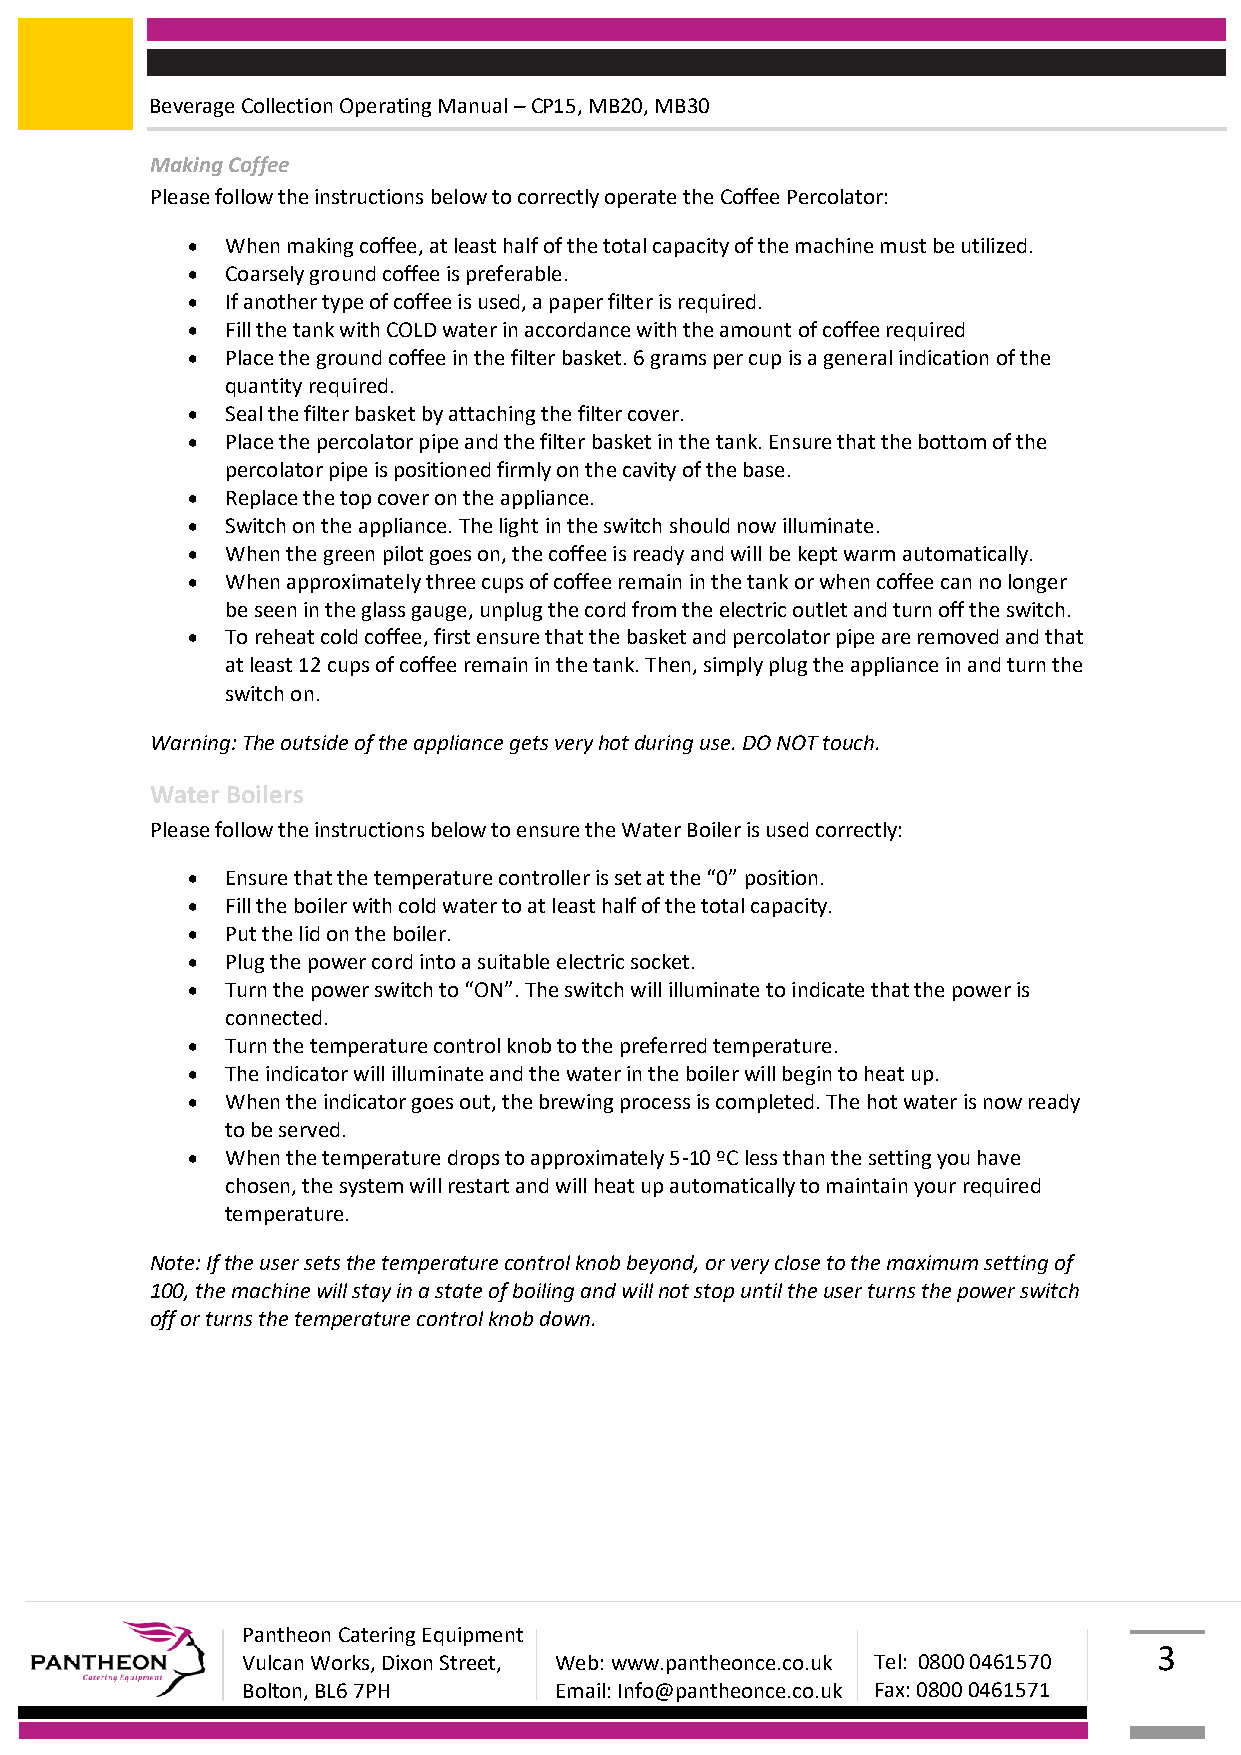
Beverage Collection Operating Manual – CP15, MB20, MB30
 Making Coffee
 Please follow the instructions below to correctly operate the Coffee Percolator:
   When making coffee, at least half of the total capacity of the machine must be utilized.
   Coarsely ground coffee is preferable.
   If another type of coffee is used, a paper filter is required.
   Fill the tank with COLD water in accordance with the amount of coffee required
   Place the ground coffee in the filter basket. 6 grams per cup is a general indication of the
 quantity required.
   Seal the filter basket by attaching the filter cover.
   Place the percolator pipe and the filter basket in the tank. Ensure that the bottom of the
 percolator pipe is positioned firmly on the cavity of the base.
   Replace the top cover on the appliance.
   Switch on the appliance. The light in the switch should now illuminate.
   When the green pilot goes on, the coffee is ready and will be kept warm automatically.
   When approximately three cups of coffee remain in the tank or when coffee can no longer
 be seen in the glass gauge, unplug the cord from the electric outlet and turn off the switch.
   To reheat cold coffee, first ensure that the basket and percolator pipe are removed and that
 at least 12 cups of coffee remain in the tank. Then, simply plug the appliance in and turn the
 switch on.
 Warning: The outside of the appliance gets very hot during use. DO NOT touch.
 Water Boilers
 Please follow the instructions below to ensure the Water Boiler is used correctly:
   Ensure that the temperature controller is set at the “0” position.
   Fill the boiler with cold water to at least half of the total capacity.
   Put the lid on the boiler.
   Plug the power cord into a suitable electric socket.
   Turn the power switch to “ON”. The switch will illuminate to indicate that the power is
 connected.
   Turn the temperature control knob to the preferred temperature.
   The indicator will illuminate and the water in the boiler will begin to heat up.
   When the indicator goes out, the brewing process is completed. The hot water is now ready
 to be served.
   When the temperature drops to approximately 5-10 ºC less than the setting you have
 chosen, the system will restart and will heat up automatically to maintain your required
 temperature.
 Note: If the user sets the temperature control knob beyond, or very close to the maximum setting of
 100, the machine will stay in a state of boiling and will not stop until the user turns the power switch
 off or turns the temperature control knob down.
 Pantheon Catering Equipment
 3
 Vulcan Works, Dixon Street, Web: www.pantheonce.co.uk Tel: 0800 0461570
 Bolton, BL6 7PH      Email: Info@pantheonce.co.uk Fax: 0800 0461571